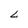
Character: L